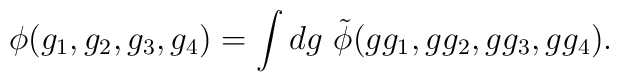
\phi(g_1,g_2,g_3,g_4) =         \int dg\ \tilde{\phi}(g g_1,g g_2,g g_3,g g_4) .